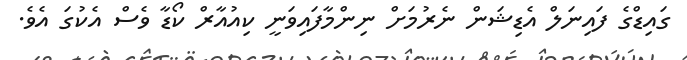
ގައިޑްގެ ފައިނަލް އެޑިޝަން ނެރުމަށް ނިންމާފައިވަނީ ކިއުއާރް ކޯޑާ ވެސް އެކުގަ އެވެ.